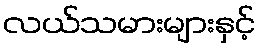
လယ်သမားများနှင့်